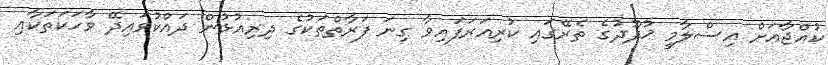
ކުއްޖާއަށް އިސްލާމީ ޚުދޫދުގެ ތެރޭގައި ކުރިއަރަފައިވާ ގިނަ ފަރާތްތަކުގެ ދިރިއުޅުން ދައްކުވައިދޭ ވާހަކަތަކާއި